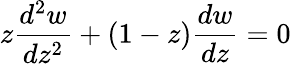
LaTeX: z{\frac{d^{2}w}{dz^{2}}}+(1-z){\frac{dw}{dz}}=0